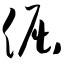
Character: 倔